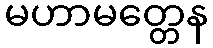
မဟာမတ္တေန